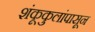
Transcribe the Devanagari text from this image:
शंकूकुलांपासून